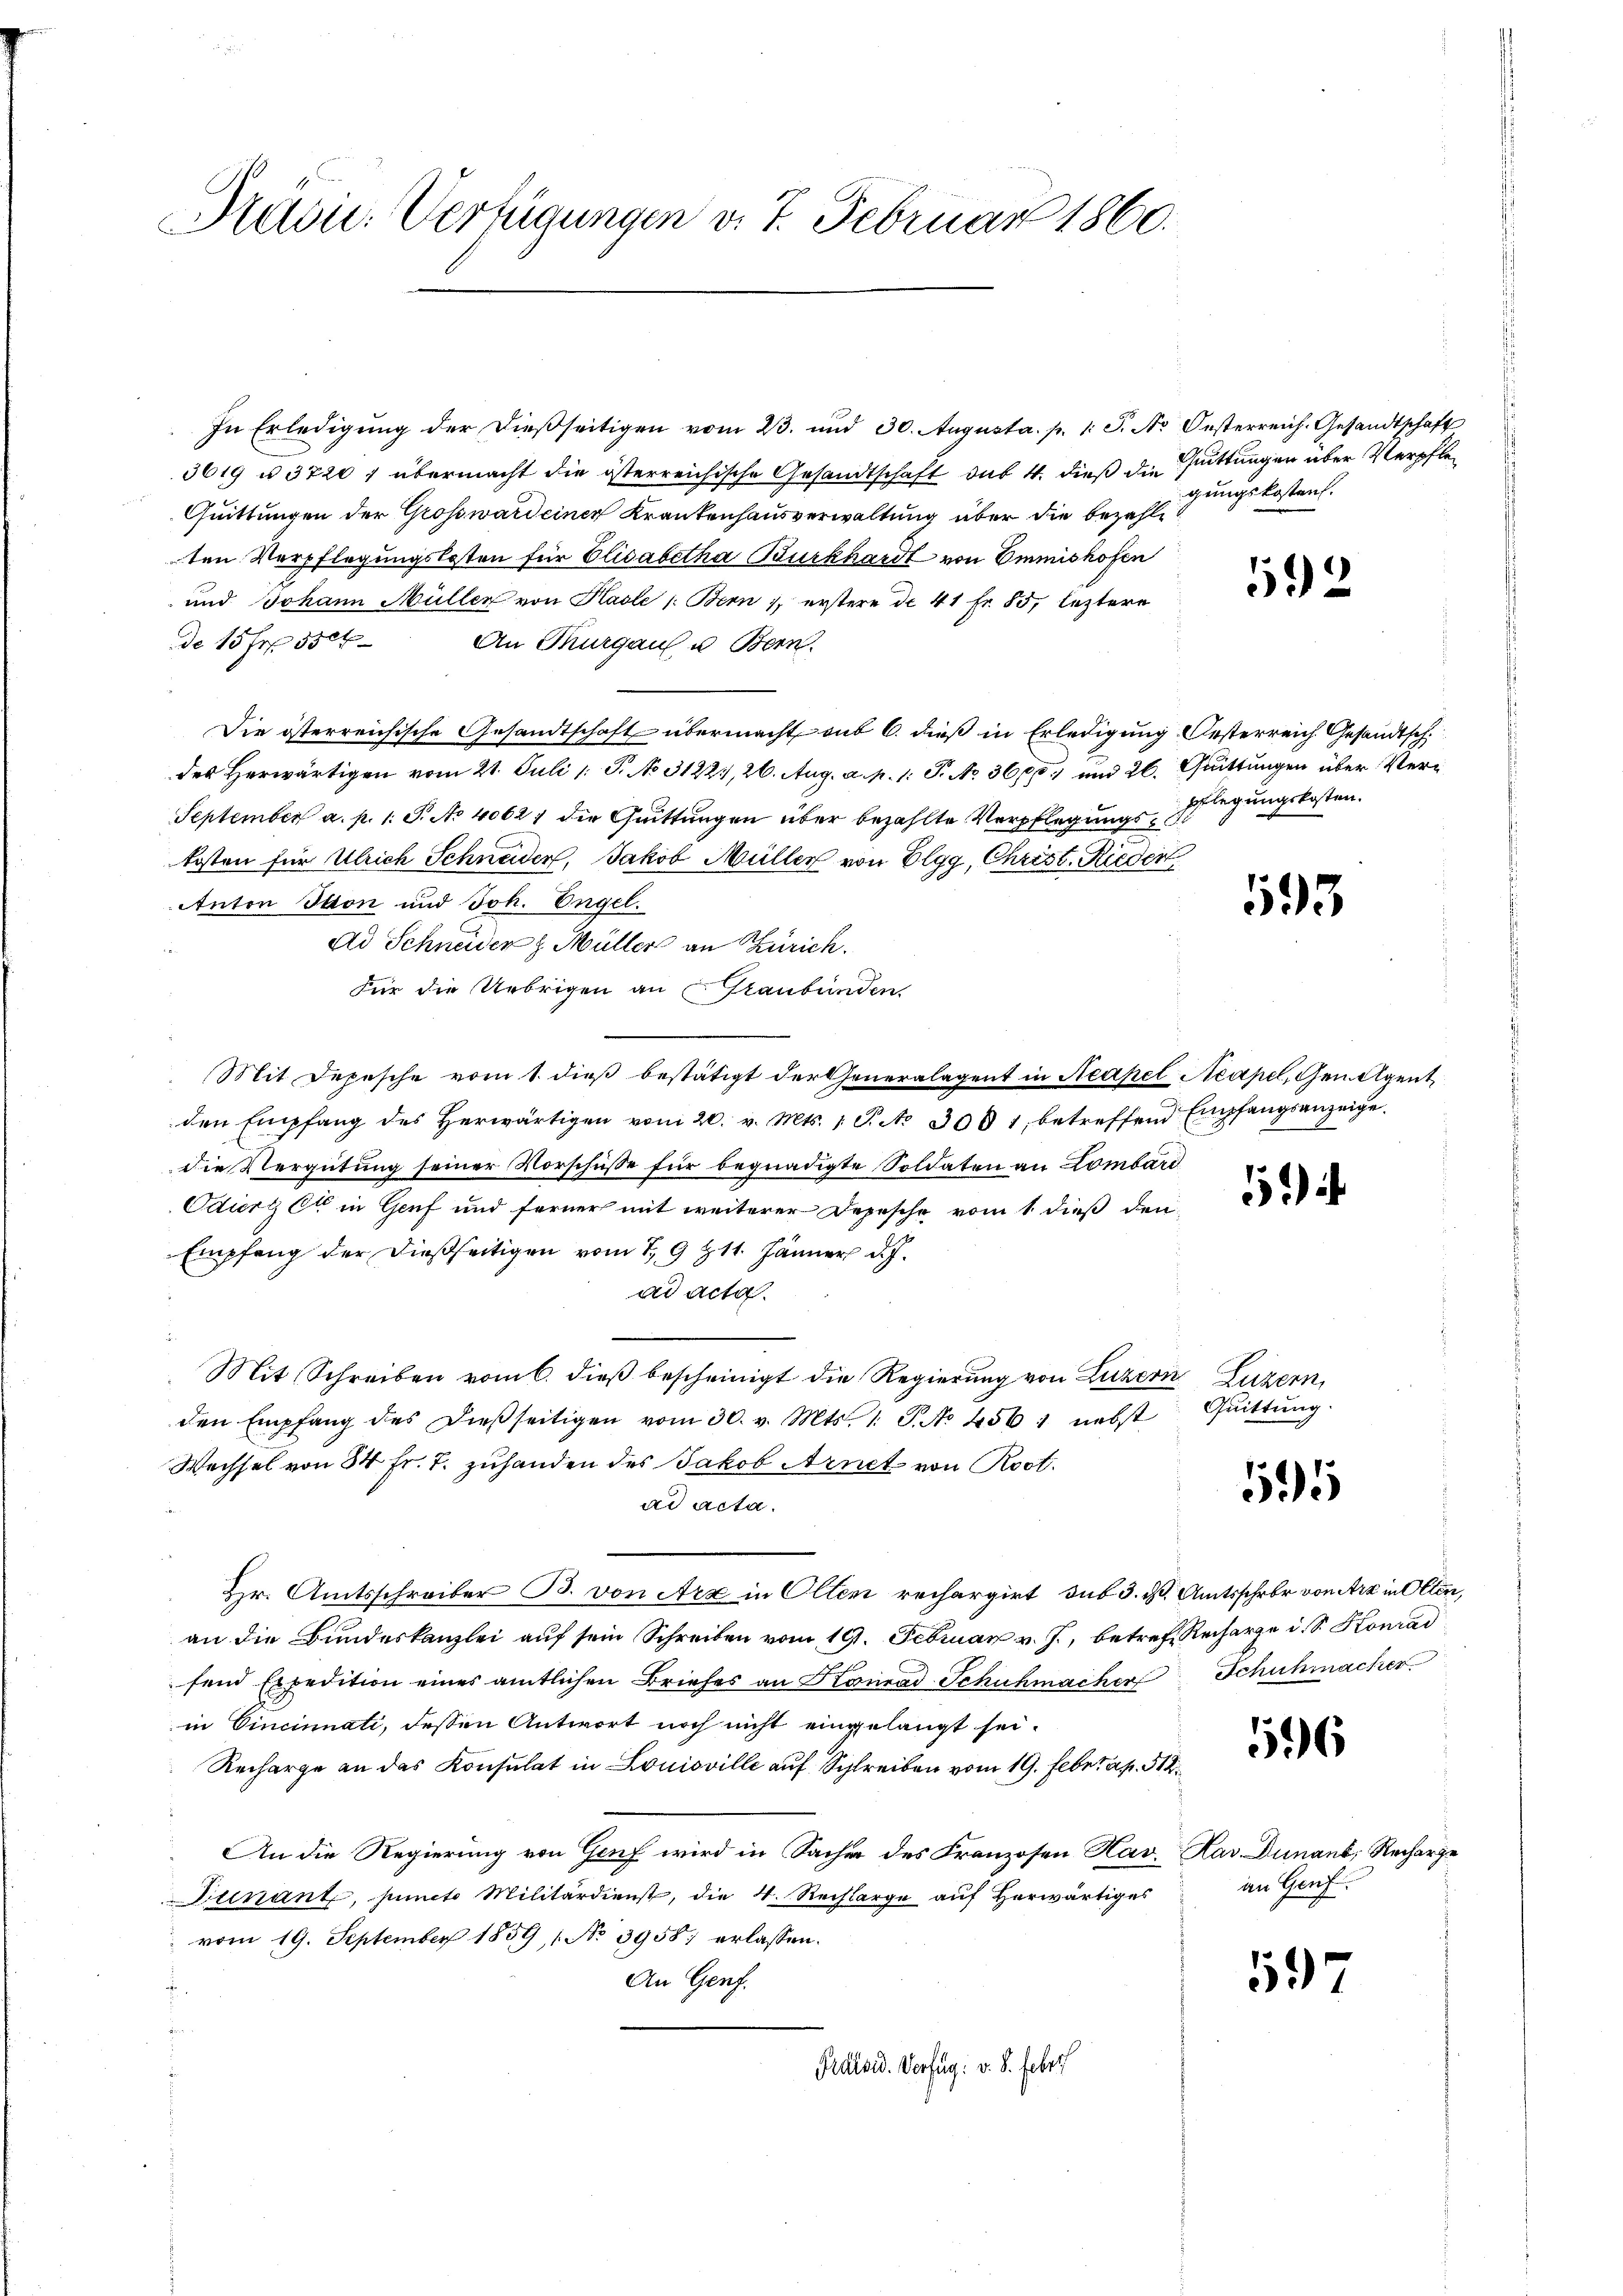
Prelin. Verfügungen v. 7. Februar 1860.

In Erledigung der dießseitigen vom 23. und 30. Augusta. p. 1. J. N. Oesterreich. Gesandtschaft
3619 u. 3720 f übermacht die österreichische Gesandtschaft das 4. dieß die Gattungen über Verpfle¬
Quittungen der Gross ward einer Krankenhausverwaltung über die bezahle
ten Verpflegungskosten für Elisabetha Burkhardt von Emmishofen
und Johann Müller von Kasle /: Bern, erstere de 41 Fr. 55, leztere
de 15 Fr. 350f
An Thurgau u. Bern.
Die österreichische Gesandtschaft übermacht aub 6. dieß in Erledigung Oesterreich Gesandtsch.
des Herwärtigen vom 21. Juli 1 S. No 31224, 26. Aug. a. p. 1: P. No 360, und 26. Quittungen über Ver¬
September a. p. 1. S. No 40621 die Guittungen über bezahlte Verpflegungskosten für Ulrich Schneider, Jakob Müller von Elgg, Christ. Rieder
Anton Thon und Joh. Engel.
Ad Schneider z. Müller an Zürich.
Für die Uebrigen an Graubünden,
Mit Depesche vom 1. dieß bestätigt der Generalagent in Neapel Neapel, Genügen
den Empfang des herwärtigen vom 20. v. Mts. 1 S. No 3081, betreffend Empfangsanzeige
die Vergütung seiner Vorschüsse für begnadigte Soldaten an Lombard
Odiert Ott in Genf und ferner mit weiterer Depesche vom 1. dieß den
Empfang der dießseitigen vom 1. 9 & 11. Jänner d.J.
ad acta.
Mit Schreiben vom 6. dieβ bescheinigt die Regierung von Luzern Luzern,
den Empfang des dießseitigen vom 30. v. Mts. 1. J. No 4561 nebst
Wechsel von 34 Fr. 7. zuhanden des Jakob Arnet von Rost.
ad acta.
Hr. Amtsschreiber B. von Arx in Olten rechargirt sub 3. d. Amtsschrbr von Arz in Olten,
an die Bundeskanzlei auf sein Schreiben vom 19. Februar v. J., betref Recharge u. S. Konrad
fend Expedition eines amtlichen Briefes an Konrad Schuhmacher Schuhmacher
in Cincinnati, dessen Antwort noch nicht eingelangt sei.
Recharge an das Konsulat in Louisville auf Schreiben vom 19. Febr. a. p. 512.
An die Regierung von Genf wird in Sacher des Franzosen Hav. Kar. Dunant, Recharge
Finant, puncto Militärdienst, die 4. Recharge aŭf herwärtiges
 vom 19. September 1859, 1 No 3958 erlassen.
An Genf.
Präsid. Verfüg: v. 8. Febr.

gungskostent.

592

pflegungskosten.

193

Quittung.

1595

56

an Genf.

597